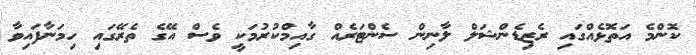
ކޮންމެ އަތޮޅެއްގައި ރެޒިޑެންޝަލް ލާނިން ސެންޓަރެއް ގާއިމްކުރުމަކީ ވެސް އޭގެ ތެރޭގައި ހިމަނާފައިވާ